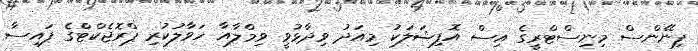
ފިނޭންސް މިނިސްޓްރީގެ އިސް އޮފިޝަލަކު މިއަދު ވިދާޅުވީ ވިމްލާއާ ހަވާލުކުރި ޕްރޮޖެކްޓްގެ ފައިސާ